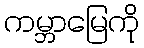
ကမ္ဘာမြေကို